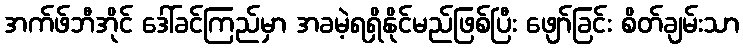
အက်ဖ်ဘီအိုင် ဒေါ်ခင်ကြည်မှာ အခမဲ့ရရှိနိုင်မည်ဖြစ်ပြီး ဖျော်ခြင်း စိတ်ချမ်းသာ